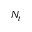
N _ { t }